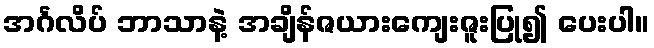
အင်္ဂလိပ် ဘာသာနဲ့ အချိန်ဇယားကျေးဇူးပြု၍ ပေးပါ။